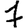
Digit: 7